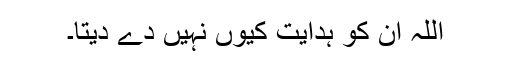
اللہ ان کو ہدایت کیوں نہیں دے دیتا۔